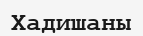
Хадишаны